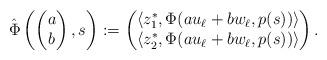
LaTeX: \begin{align*}\hat\Phi\left(\begin{pmatrix}a\\b\end{pmatrix},s\right) := \begin{pmatrix}\langle z_1^*, \Phi(a u_\ell + b w_\ell, p(s))\rangle\\\langle z_2^*, \Phi(a u_\ell + b w_\ell, p(s))\rangle\end{pmatrix}.\end{align*}